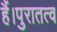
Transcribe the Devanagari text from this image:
हैं।पुरातत्व